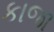
કાજા